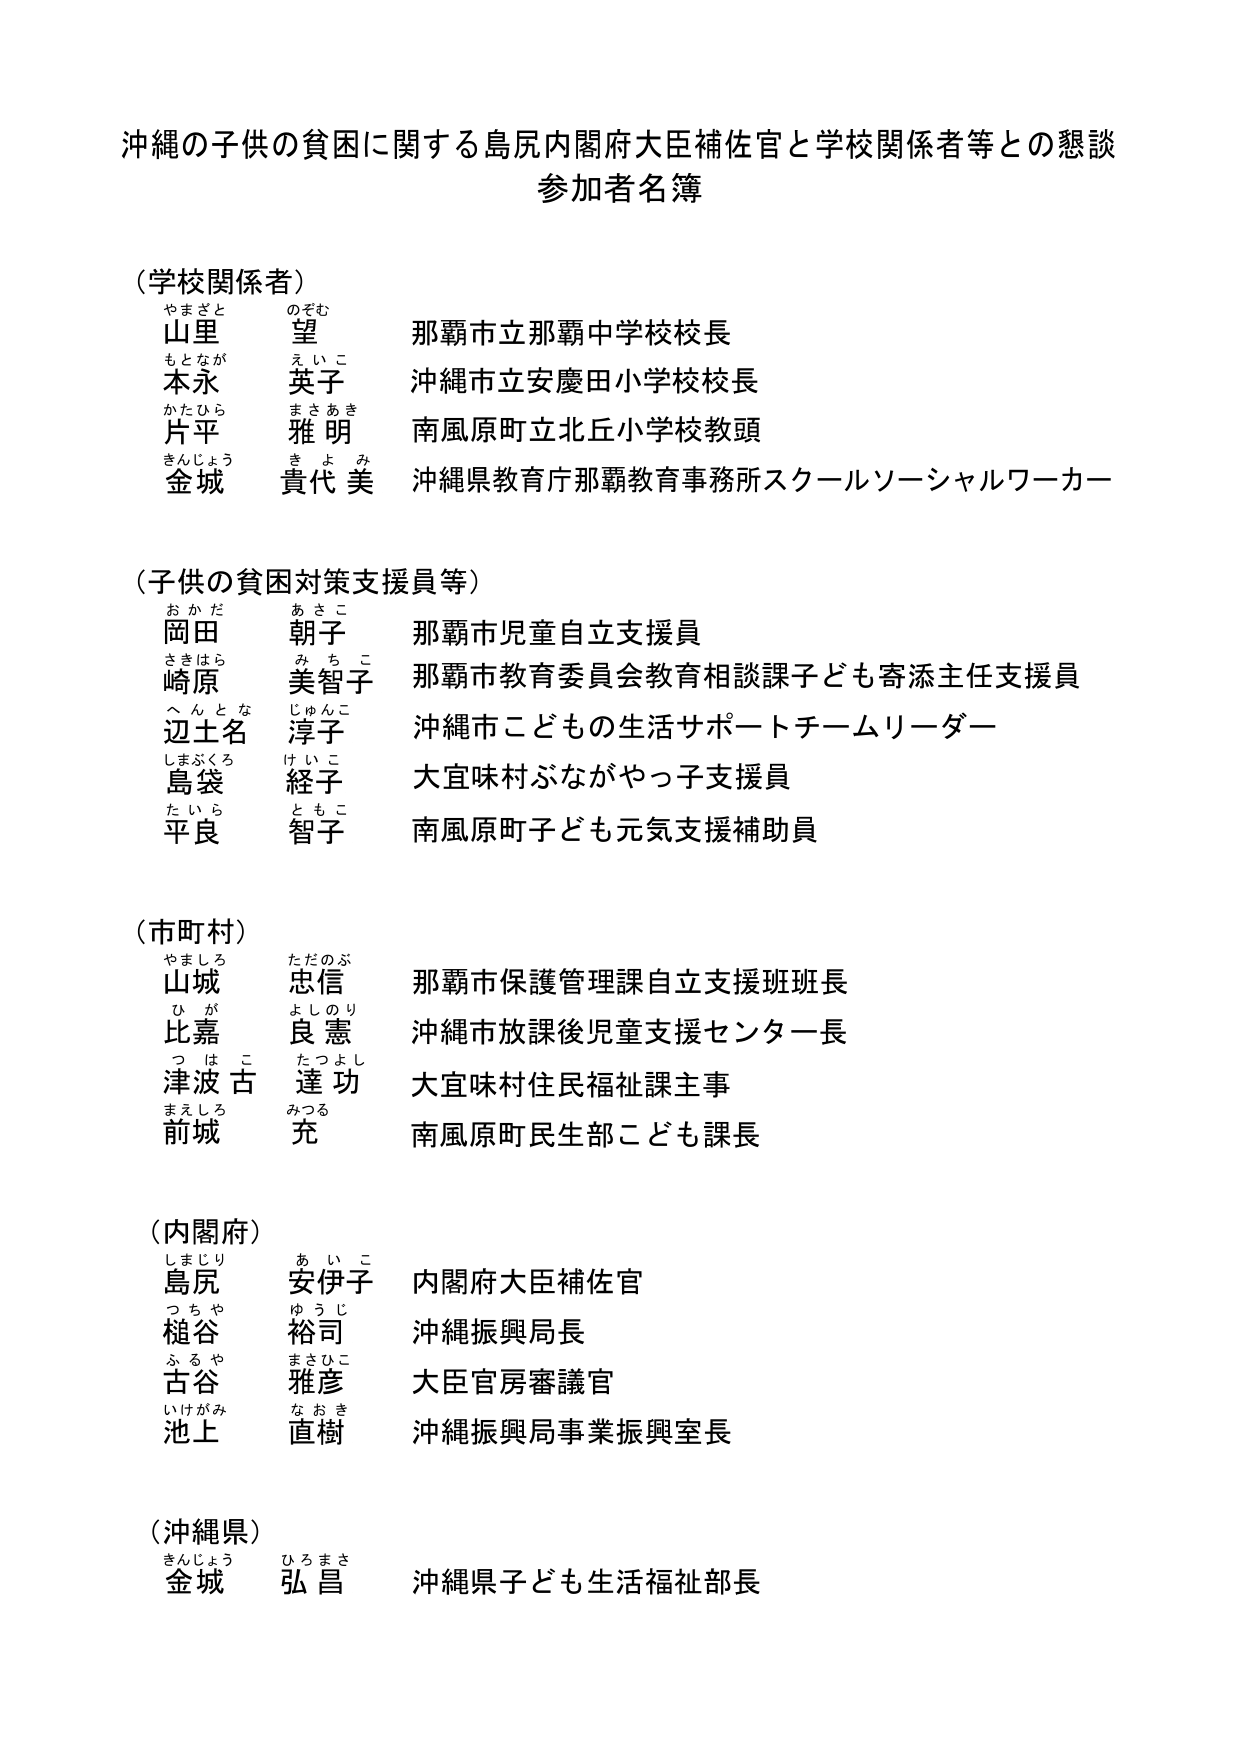
沖縄の子供の貧困に関する島尻内閣府大臣補佐官と学校関係者等との懇談
参加者名簿

（学校関係者）
山里 望 那覇市立那覇中学校校長
本永 英子 沖縄市立安慶田小学校校長
片平 雅明 南風原町立北丘小学校教頭
金城 貴代美 沖縄県教育庁那覇教育事務所スクールソーシャルワーカー

（子供の貧困対策支援員等）
岡田 朝子 那覇市児童自立支援員
崎原 美智子 那覇市教育委員会教育相談課子ども寄添主任支援員
辺土名 淳子 沖縄市こどもの生活サポートチームリーダー
島袋 経子 大宜味村ぶながやっ子支援員
平良 智子 南風原町子ども元気支援補助員

（市町村）
山城 忠信 那覇市保護管理課自立支援班班長
比嘉 良憲 沖縄市放課後児童支援センター長
津波古 達功 大宜味村住民福祉課主事
前城 充 南風原町民生部こども課長

（内閣府）
島尻 安伊子 内閣府大臣補佐官
槌谷 裕司 沖縄振興局長
古谷 雅彦 大臣官房審議官
池上 直樹 沖縄振興局事業振興室長

（沖縄県）
金城 弘昌 沖縄県子ども生活福祉部長